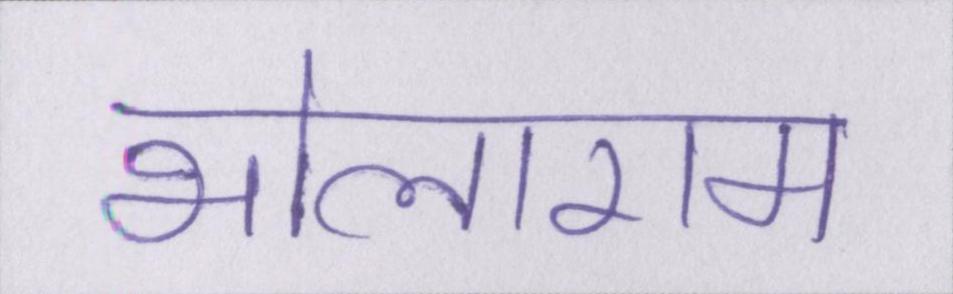
भोलाराम